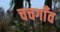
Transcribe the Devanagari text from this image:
चचगाँव